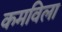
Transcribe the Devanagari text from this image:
कमविला